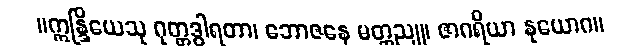
။ဣန္ဒြိယေသု ဂုတ္တဒွါရတာ၊ ဘောဇနေ မတ္တညူ၊ ဇာဂရိယာ နုယောဂ။